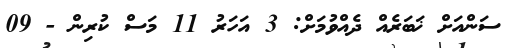
ސަންއަށް ޚަބަރެއް ދެއްވުމަށް: 3 އަހަރު 11 މަސް ކުރިން - 09